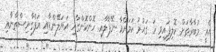
އެއީ މުބާރާތަށް ކޮލިފައިވި ހަ ގައުމު ކަމަށްވާ ނޭޕާލާއި ހޮންކޮންގާއި އަޔަލޭންޑާއި އަފްގާނިސްތާނާއި